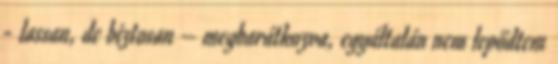
- lassan, de biztosan – megbarátkozva, egyáltalán nem lepődtem